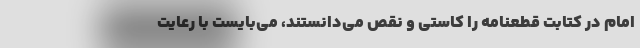
امام در کتابت قطعنامه را کاستی و نقص می‌دانستند، می‌بایست با رعایت